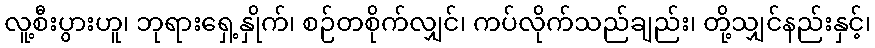
လူ့စီးပွားဟူ၊ ဘုရားရှေ့နှိုက်၊ စဉ်တစိုက်လျှင်၊ ကပ်လိုက်သည်ချည်း၊ တို့သျှင်နည်းနှင့်၊